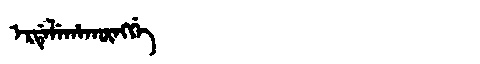
Manchu: ᡝᡵᡩᡝᠯᡝᡥᠠᡴᡡᠩᡤᡝ
Romanization: ERDELEHAKŪNGGE